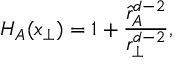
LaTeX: H _ { A } ( x _ { \perp } ) = 1 + { \frac { \hat { r } _ { A } ^ { d - 2 } } { r _ { \perp } ^ { d - 2 } } } ,